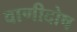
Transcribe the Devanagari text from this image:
वाणीदोष